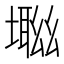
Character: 𡑜